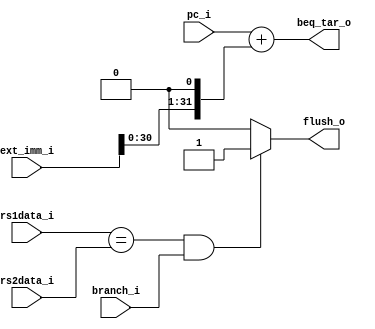
module Branchunit (
    rs1data_i,
    rs2data_i,
    branch_i,
    pc_i,
    ext_imm_i,
    flush_o,
    beq_tar_o
);

input [31:0] rs1data_i;
input [31:0] rs2data_i;
input branch_i;
input [31:0] pc_i;
input [31:0] ext_imm_i;

output flush_o;
output [31:0] beq_tar_o;

reg flush_o;

assign beq_tar_o = pc_i + (ext_imm_i << 1);

always @ (rs1data_i or rs2data_i or branch_i or pc_i or ext_imm_i) begin
    flush_o = 1'b0;
    if ((rs1data_i == rs2data_i) && branch_i) begin
        flush_o = 1'b1;
    end
end

    
endmodule